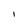
Character: I